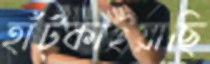
হাঁট্‌কাইয়াছি